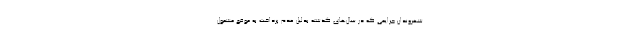
شهروندان جرایمی که در سال‌های گذشته بدلیل عدم پرداخت به موقع مشمول